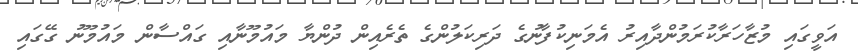
އަވީގައި މުޒާހަރާކުރަމުންދާއިރު އެމަނިކުފާނުގެ ދަރިކަލުންގެ ތެރެއިން ދުންޔާ މައުމޫނާއި ގައްސާން މައުމޫނު ގޭގައި